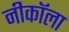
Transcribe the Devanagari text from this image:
नीकॉला